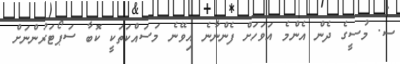
ސ. މުސީގެ ދެން އެންމެ އަވަހަށް ފެންނާނެ އިވޭނެ މަސައްކަތަކީ ކޮބާ ސަޕޯޓަރުންނަށް